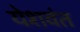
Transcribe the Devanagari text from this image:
येशवंत